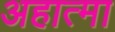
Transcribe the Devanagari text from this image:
अहात्मा